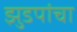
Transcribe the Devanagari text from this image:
झुडपांचा